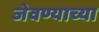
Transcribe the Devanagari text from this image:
जेवण्याच्या